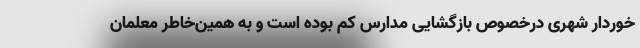
خوردار شهری درخصوص بازگشایی مدارس کم بوده است و به همین‌خاطر معلمان